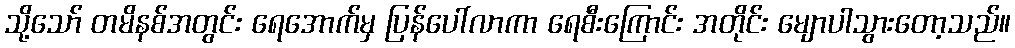
သို့သော် တမိနစ်အတွင်း ရေအောက်မှ ပြန်ပေါ်လာကာ ရေစီးကြောင်း အတိုင်း မျောပါသွားတော့သည်။